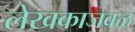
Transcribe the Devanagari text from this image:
लेखकाजवळ